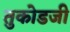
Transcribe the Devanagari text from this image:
तुकोडजी